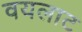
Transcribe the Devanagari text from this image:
वयलाट